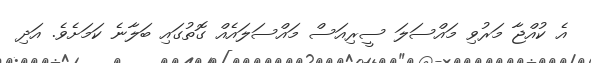
އެ ކުއްޖާ މަރުވި މައްސަލަ ސީރިއަސް މައްސަލައެއް ގޮތުގައި ބަލާނެ ކަމަށެވެ. އަދި